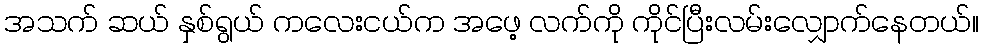
အသက် ဆယ် နှစ်ရွယ် ကလေးငယ်က အဖေ့ လက်ကို ကိုင်ပြီးလမ်းလျှောက်နေတယ်။